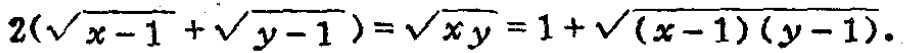
\(2(\sqrt{x - 1}+\sqrt{y - 1})=\sqrt{xy}=1+\sqrt{(x - 1)(y - 1)}\)